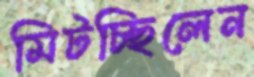
মিটচ্ছিলেন